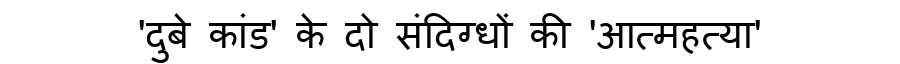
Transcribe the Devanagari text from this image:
'दुबे कांड' के दो संदिग्धों की 'आत्महत्या'